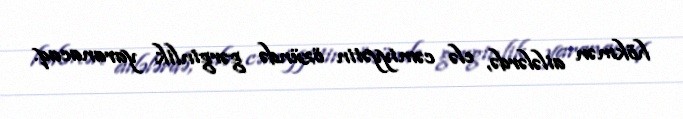
hökmən ailələrdə, elə cəmiyyətin özündə gərginlik yaranacaq.